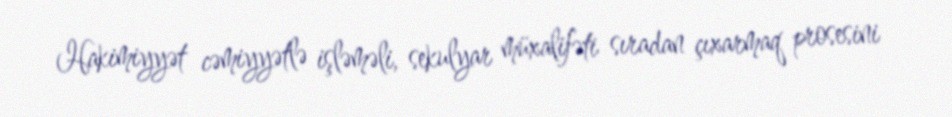
Hakimiyyət cəmiyyətlə işləməli, sekulyar müxalifəti sıradan çıxarmaq prosesini